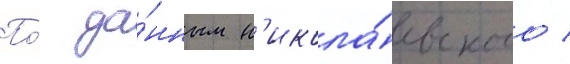
По́ да́нным н'икола́евского /